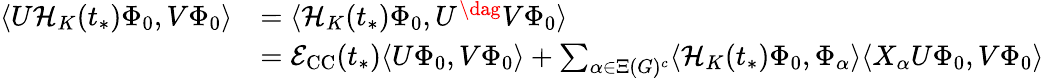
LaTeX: \begin{array}{rl}{\langle U\mathcal{H}_{K}(t_{*})\Phi_{0},V\Phi_{0}\rangle}&{=\langle\mathcal{H}_{K}(t_{*})\Phi_{0},U^{\dag}V\Phi_{0}\rangle}\\ &{=\mathcal{E}_{\mathrm{CC}}(t_{*})\langle U\Phi_{0},V\Phi_{0}\rangle+\sum_{\alpha\in\Xi(G)^{c}}\langle\mathcal{H}_{K}(t_{*})\Phi_{0},\Phi_{\alpha}\rangle\langle X_{\alpha}U\Phi_{0},V\Phi_{0}\rangle}\end{array}